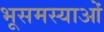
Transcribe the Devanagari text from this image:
भूसमस्याओं